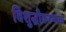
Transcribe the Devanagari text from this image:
विशुद्धीकरणाचा